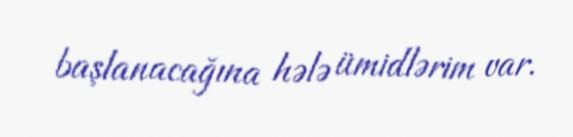
başlanacağına hələ ümidlərim var.